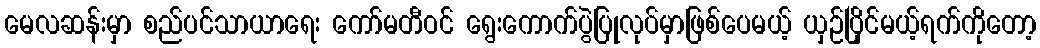
မေလဆန်းမှာ စည်ပင်သာယာရေး ကော်မတီဝင် ရွေးကောက်ပွဲပြုလုပ်မှာဖြစ်ပေမယ့် ယှဉ်ပြိုင်မယ့်ရက်ကိုတော့